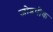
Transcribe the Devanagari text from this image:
जोडपीक